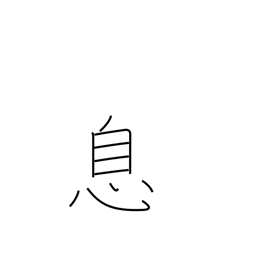
Meaning: son